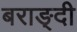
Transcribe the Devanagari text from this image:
बराङ्दी